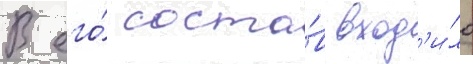
В его́ соста́в вход'и́ло